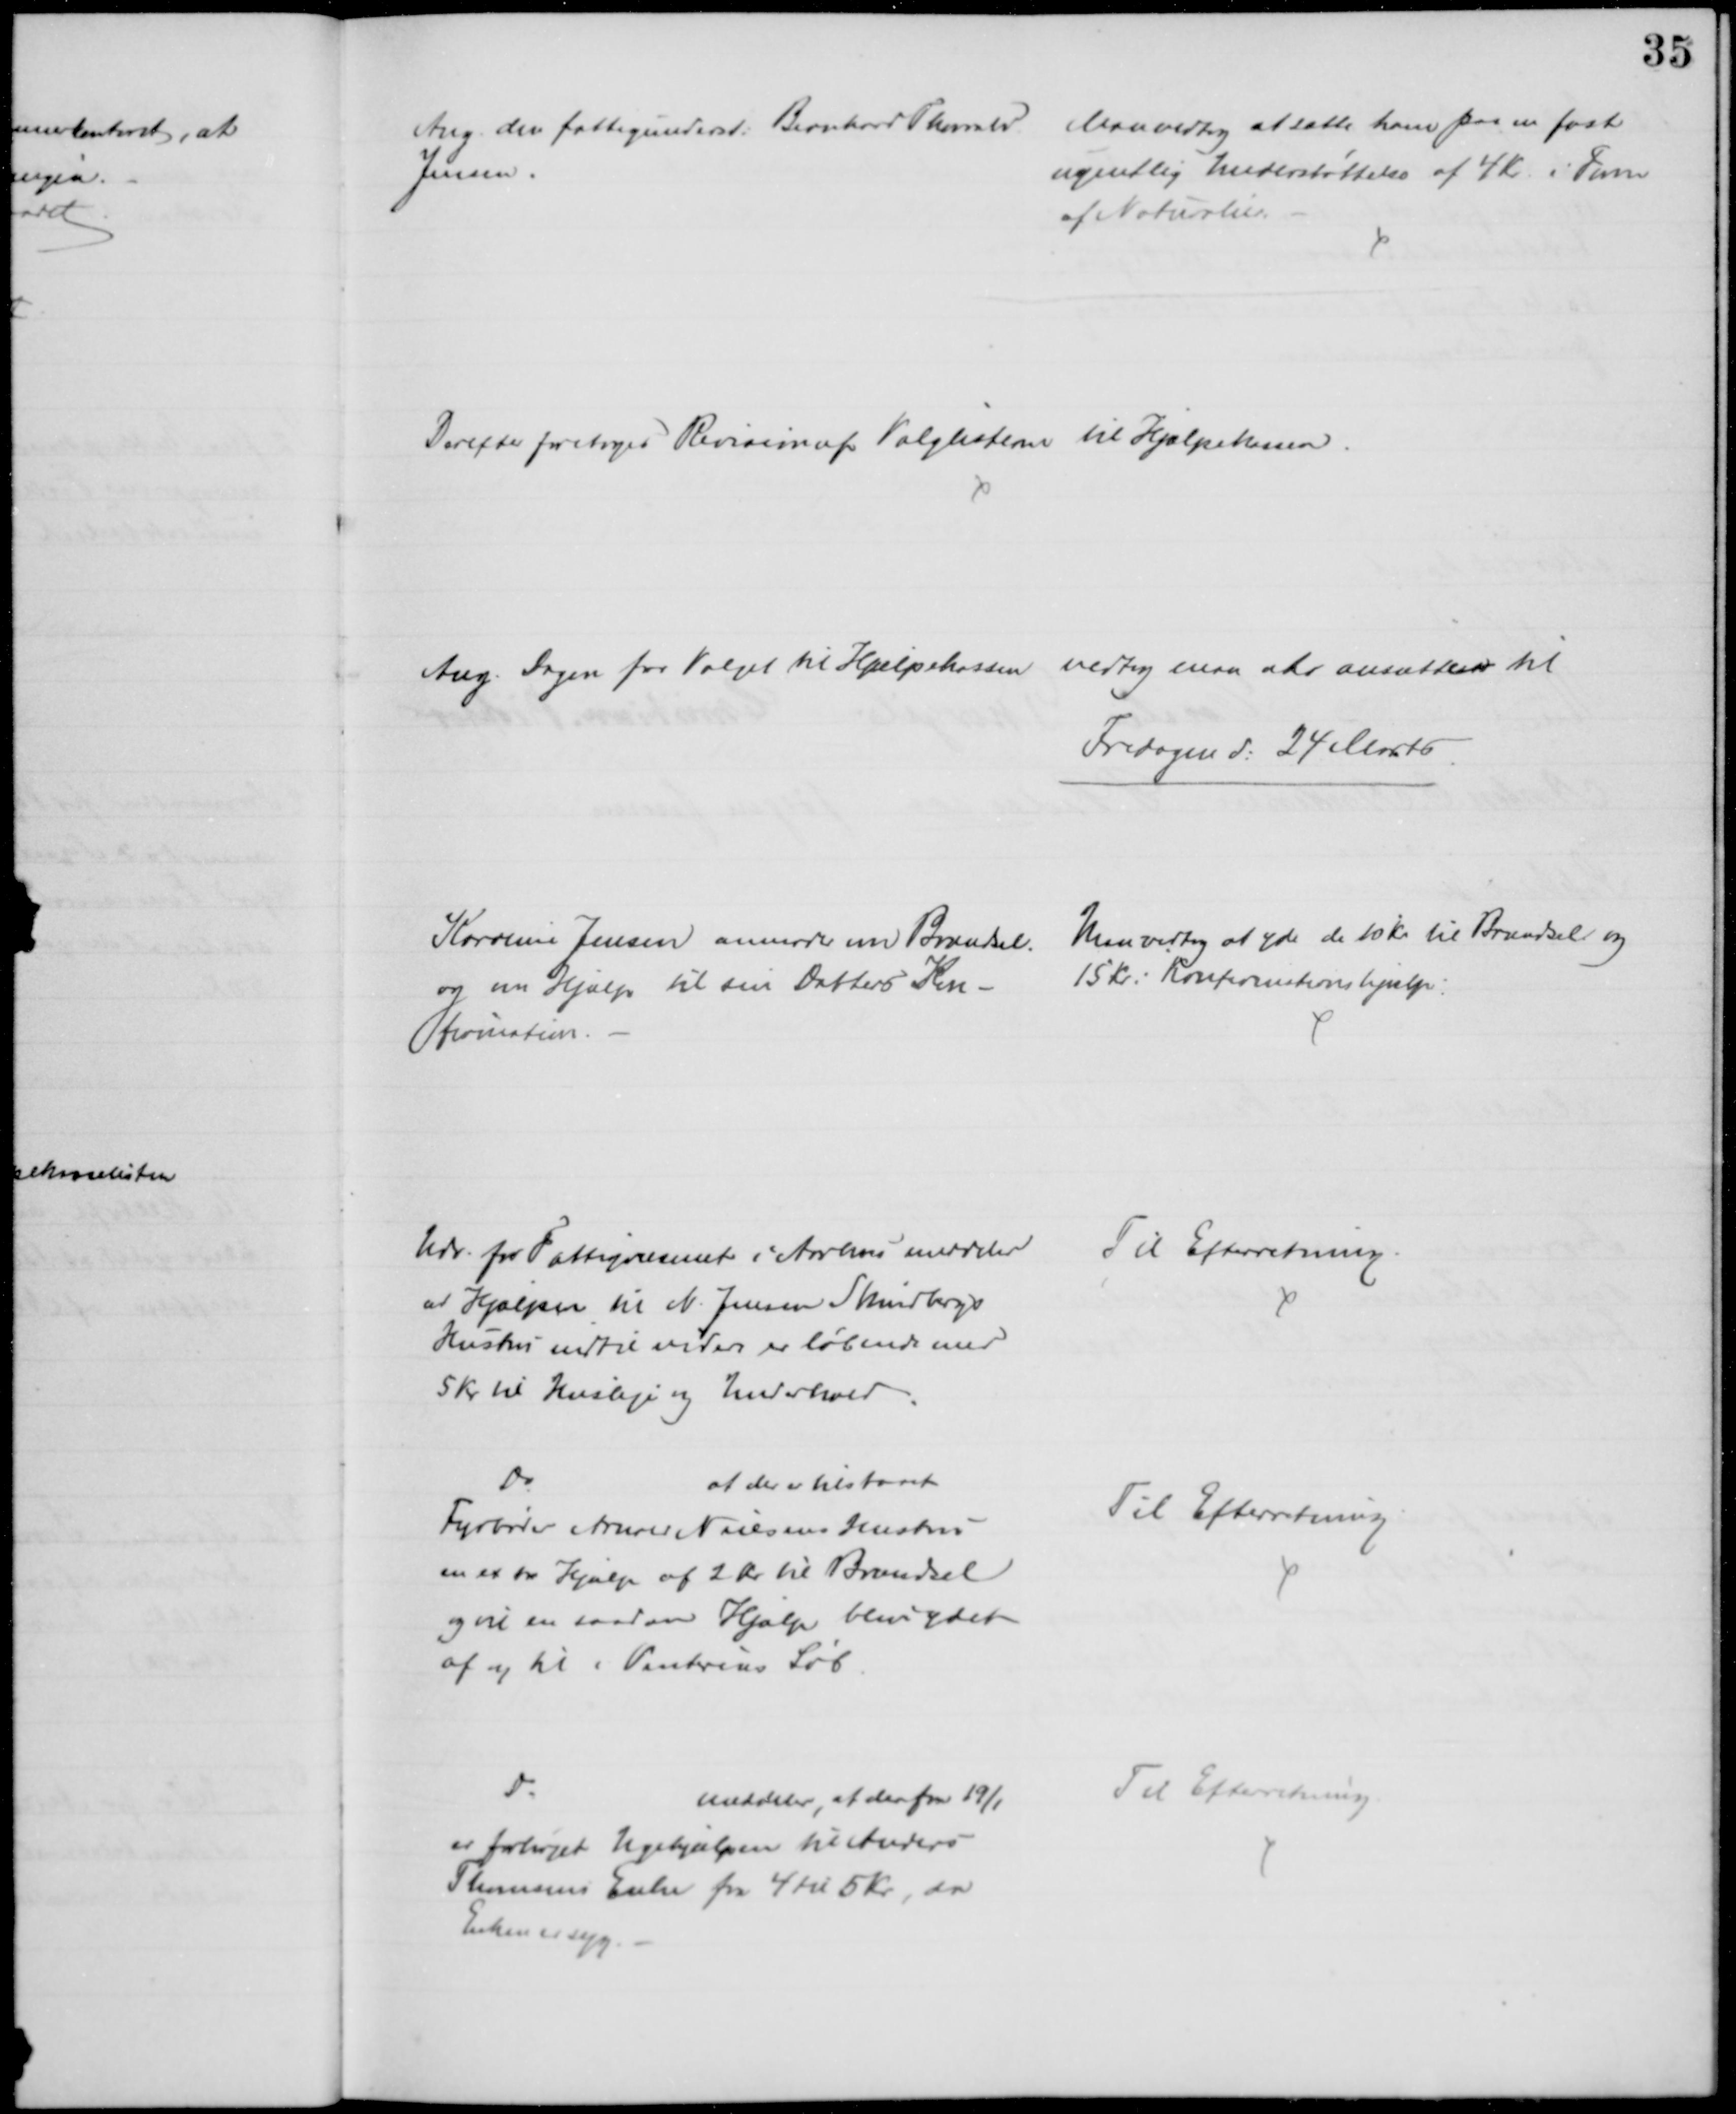
Transskription:
Ang. der fattigunderst. Bernhard Thorvald
Jensen.
Man vedtog at sætte ham paa en fast
ugentlig Understøttelse af 4 Kr. i Form
af Naturalier.
Derefter foretoges Revision af Valglisterne til Hjælpekassen.
Ang. Dagen for Valget til Hjælpekassen vedtog maa at ansættes til
Fredagen d. 24 Marts
Karoline Jensen anmoder om Brændsel.
og en Hjælp til sin Datters Kon-
firmation.
Man vedtog at yde de 10 Kr. til Brændsel og
15 Kr: Konfirmationshjælp.
Udv. for Fattigvæsenet i Aarhus meddeler
af Hjælpen til N. Jensen Skindbergs
Hustru indtil videre er løbende med
5 Kr til Husleje og Underhold
Til Efterretning.
Do
at der er tilstaaet
Fyrbøder Arnold Nielsens Hustru
en extra Hjælp af 2 Kr. til Brændsel
og vil en saadan Hjælp blive ydet
af og til i Vinterens Løb
Til Efterretning.
Do
meddeler, at den fra 19/1
er forhøjet Ugehjælpen til Anders
Thomsens Enke fra 4 til 5 Kr, da
Enken er syg.
Til Efterretning.